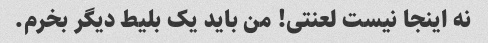
نه اینجا نیست لعنتی! من باید یک بلیط دیگر بخرم.